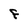
Character: F